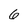
Character: 6